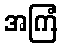
အကြံ